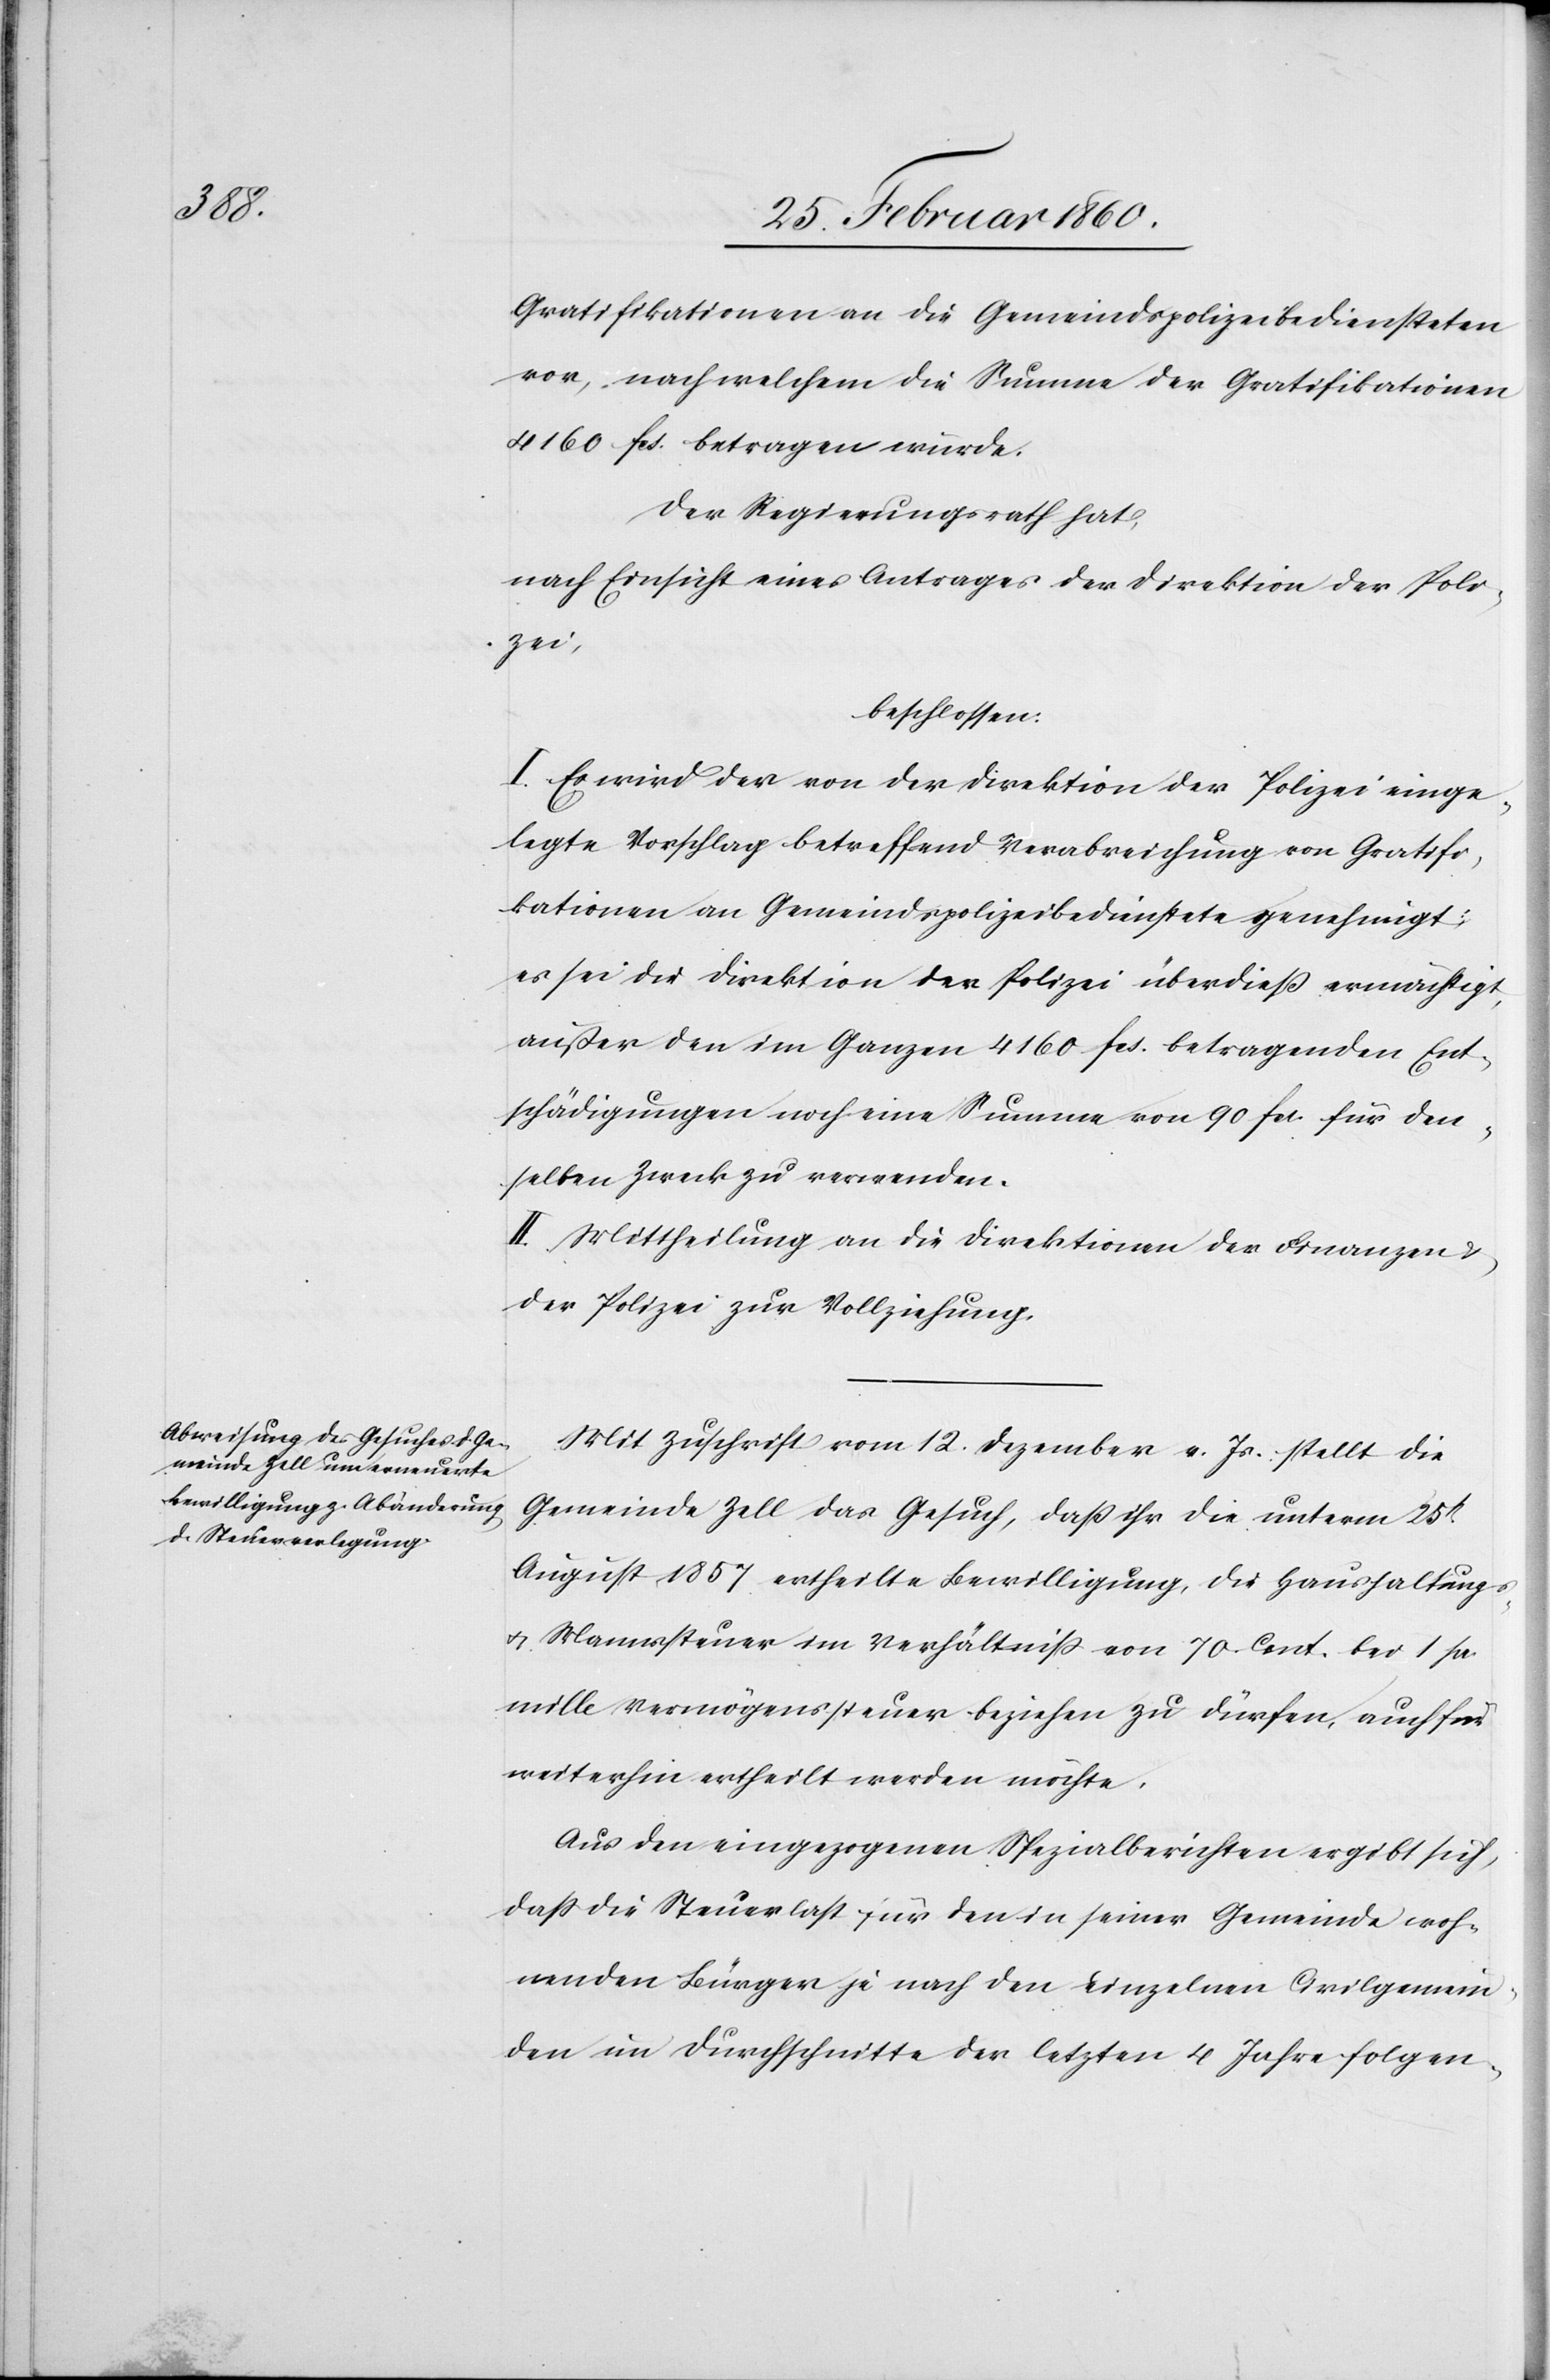
Gratifikationen an die Gemeindspolizeibediensteten
vor, nach welchem die Summe der Gratifikationen
4160. fcs. betragen würde.
Der Regierungsrath hat,
nach Einsicht eines Antrages der Direktion der Poli¬
zei,
beschlossen.
I. Es wird der von der Direktion der Polizei einge¬
legte Vorschlag betreffend Verabreichung von Gratifi¬
kationen an Gemeindspolizeibedienstete genehmigt;
es sei der Direktion der Polizei überdiess ermächtigt,
ausser den im Ganzen 4160 fcs. betragenden Ent¬
schädigungen noch eine Summe von 90 fcs. für den¬
selben Zweck zu verwenden.
II. Mittheilung an die Direktion der Finanzen u.
der Polizei zur Vollziehung.
Mit Zuschrift vom 12. Dezember v. Js. stellt die
Gemeinde Zell das Gesuch, dass ihr die unterm 25t
August 1857 ertheilte Bewilligung, die Haushaltungs-
u. Mannssteuer im Verhältniss von 70 Cent bei 1 pr.
mille Vermögenssteuer beziehen zu dürfen, auch für
weiterhin ertheilt werden möchte.
Aus den eingezogenen Spezialberichten ergibt sich,
dass die Steuerlast für den in seiner Gemeinde woh¬
nenden Bürger je nach den einzelnen Civilgemein¬
den im Durchschnitte der letzten 4 Jahre folgen-